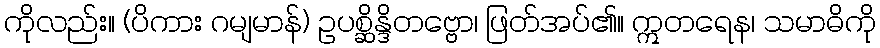
ကိုလည်း။ (ပိကား ဂမျမာန်) ဥပစ္ဆိန္ဒိတဗ္ဗော၊ ဖြတ်အပ်၏။ ဣတရေန၊ သမာဓိကို